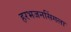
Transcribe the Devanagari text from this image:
हरभजनसिंगला